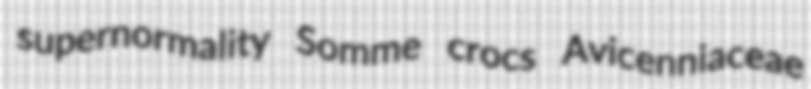
supernormality Somme crocs Avicenniaceae